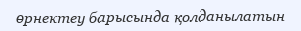
өрнектеу барысында қолданылатын